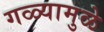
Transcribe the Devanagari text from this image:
गळ्यामुळे